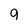
Character: g